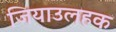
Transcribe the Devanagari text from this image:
जियाउलहक